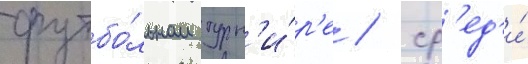
футбо́льном турн'и́р'е / ср'ед'и́